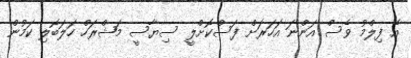
އެ ފިލްމު ވެސް އަންނަ އަހަރަށް ފަސްކޮށްލީ ސިޔާސީ މަޝްރަހް ހަލަބޮލި ކަމުން